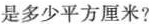
是多少平方厘米?